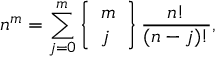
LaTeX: n ^ { m } = \sum _ { j = 0 } ^ { m } \left\{ { \begin{array} { l } { m } \\ { j } \end{array} } \right\} { \frac { n ! } { ( n - j ) ! } } ,